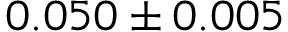
0 . 0 5 0 \pm 0 . 0 0 5